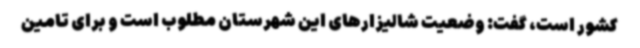
کشور است، گفت: وضعیت شالیزارهای این شهرستان مطلوب است و برای تامین